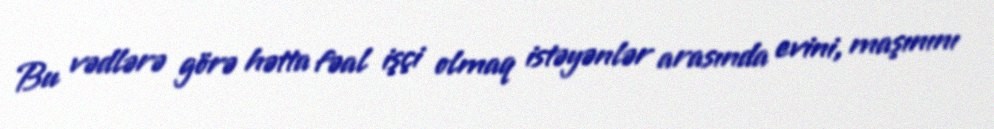
Bu vədlərə görə hətta fəal işçi olmaq istəyənlər arasında evini, maşınını